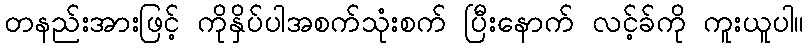
တနည်းအားဖြင့် ကိုနှိပ်ပါအစက်သုံးစက် ပြီးနောက် လင့်ခ်ကို ကူးယူပါ။